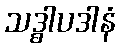
သဒ္ဓါပဒါနံ